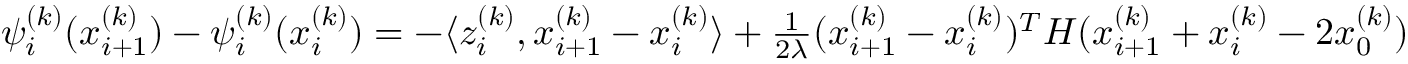
\begin{array} { r } { \psi _ { i } ^ { ( k ) } ( x _ { i + 1 } ^ { ( k ) } ) - \psi _ { i } ^ { ( k ) } ( x _ { i } ^ { ( k ) } ) = - \langle z _ { i } ^ { ( k ) } , x _ { i + 1 } ^ { ( k ) } - x _ { i } ^ { ( k ) } \rangle + \frac { 1 } { 2 \lambda } ( x _ { i + 1 } ^ { ( k ) } - x _ { i } ^ { ( k ) } ) ^ { T } H ( x _ { i + 1 } ^ { ( k ) } + x _ { i } ^ { ( k ) } - 2 x _ { 0 } ^ { ( k ) } ) } \end{array}